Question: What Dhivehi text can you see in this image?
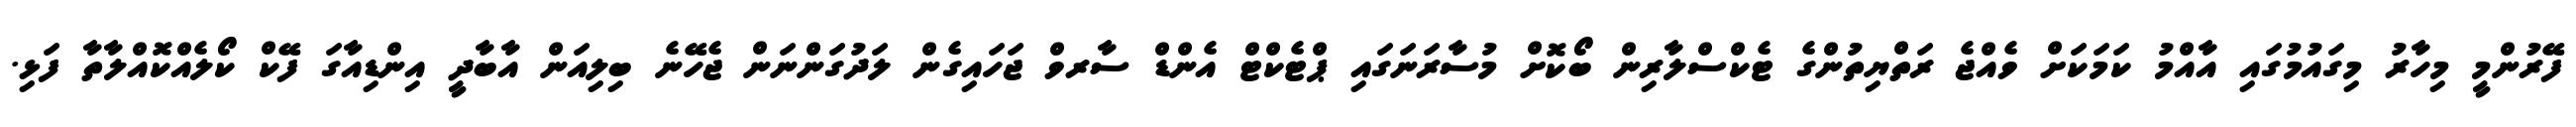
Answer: ފޭރުންމީ މިހާރު މިގައުމުގައި އާއްމު ކަމަކަށް ވެއްޖެ ރަތްޔިތުންގެ ޓެކްސްލާރިން ބޯކޮށް މުސާރަނަގައި ޕްޓެކްޓް އެންޑް ސާރވް ޖަހައިގެން ލަދުގަންނަން ޖެހޭނެ ބިލިއަން އާބާދީ އިންޑިއާގަ ފޭކް ކޯލެއްކޮއްލާތާ ފަޅި.